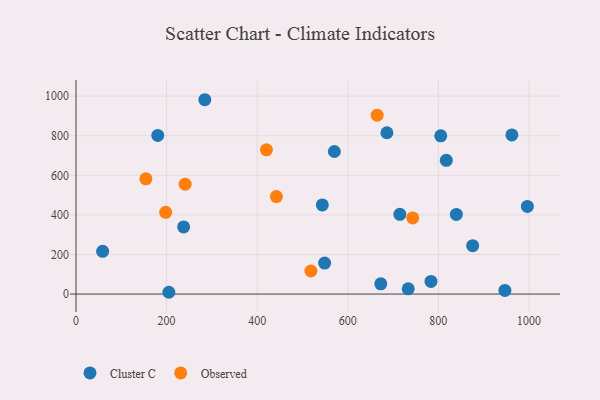
{"axis": {"x": "Speed", "y": "Fuel Efficiency"}, "legend": ["Cluster C", "Observed"], "data": [{"x": "946.9", "y": 18.1, "type": "Cluster C"}, {"x": "543.8", "y": 450.3, "type": "Cluster C"}, {"x": "783.7", "y": 64.0, "type": "Cluster C"}, {"x": "205.0", "y": 9.0, "type": "Cluster C"}, {"x": "548.9", "y": 156.3, "type": "Cluster C"}, {"x": "686.4", "y": 814.9, "type": "Cluster C"}, {"x": "58.8", "y": 216.1, "type": "Cluster C"}, {"x": "180.5", "y": 801.3, "type": "Cluster C"}, {"x": "839.7", "y": 402.4, "type": "Cluster C"}, {"x": "962.3", "y": 803.9, "type": "Cluster C"}, {"x": "672.9", "y": 51.7, "type": "Cluster C"}, {"x": "817.5", "y": 675.4, "type": "Cluster C"}, {"x": "284.4", "y": 981.8, "type": "Cluster C"}, {"x": "733.4", "y": 26.5, "type": "Cluster C"}, {"x": "805.3", "y": 799.2, "type": "Cluster C"}, {"x": "570.4", "y": 720.2, "type": "Cluster C"}, {"x": "875.7", "y": 244.6, "type": "Cluster C"}, {"x": "237.6", "y": 339.4, "type": "Cluster C"}, {"x": "996.5", "y": 442.8, "type": "Cluster C"}, {"x": "715.0", "y": 402.6, "type": "Cluster C"}, {"x": "198.0", "y": 412.7, "type": "Observed"}, {"x": "518.6", "y": 116.6, "type": "Observed"}, {"x": "442.4", "y": 492.7, "type": "Observed"}, {"x": "241.0", "y": 555.3, "type": "Observed"}, {"x": "154.3", "y": 582.0, "type": "Observed"}, {"x": "743.4", "y": 384.7, "type": "Observed"}, {"x": "420.5", "y": 728.6, "type": "Observed"}, {"x": "664.9", "y": 903.7, "type": "Observed"}]}